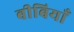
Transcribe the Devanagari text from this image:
बीबियाँ